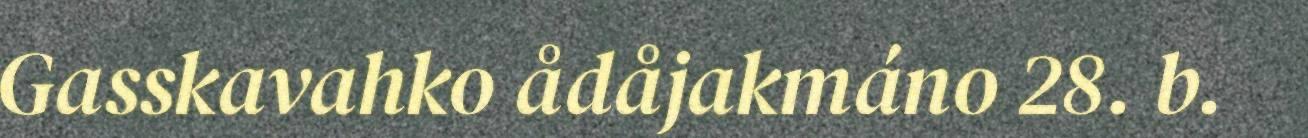
Gasskavahko ådåjakmáno 28. b.